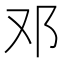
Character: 邓